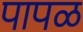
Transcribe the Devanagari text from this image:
पापळ